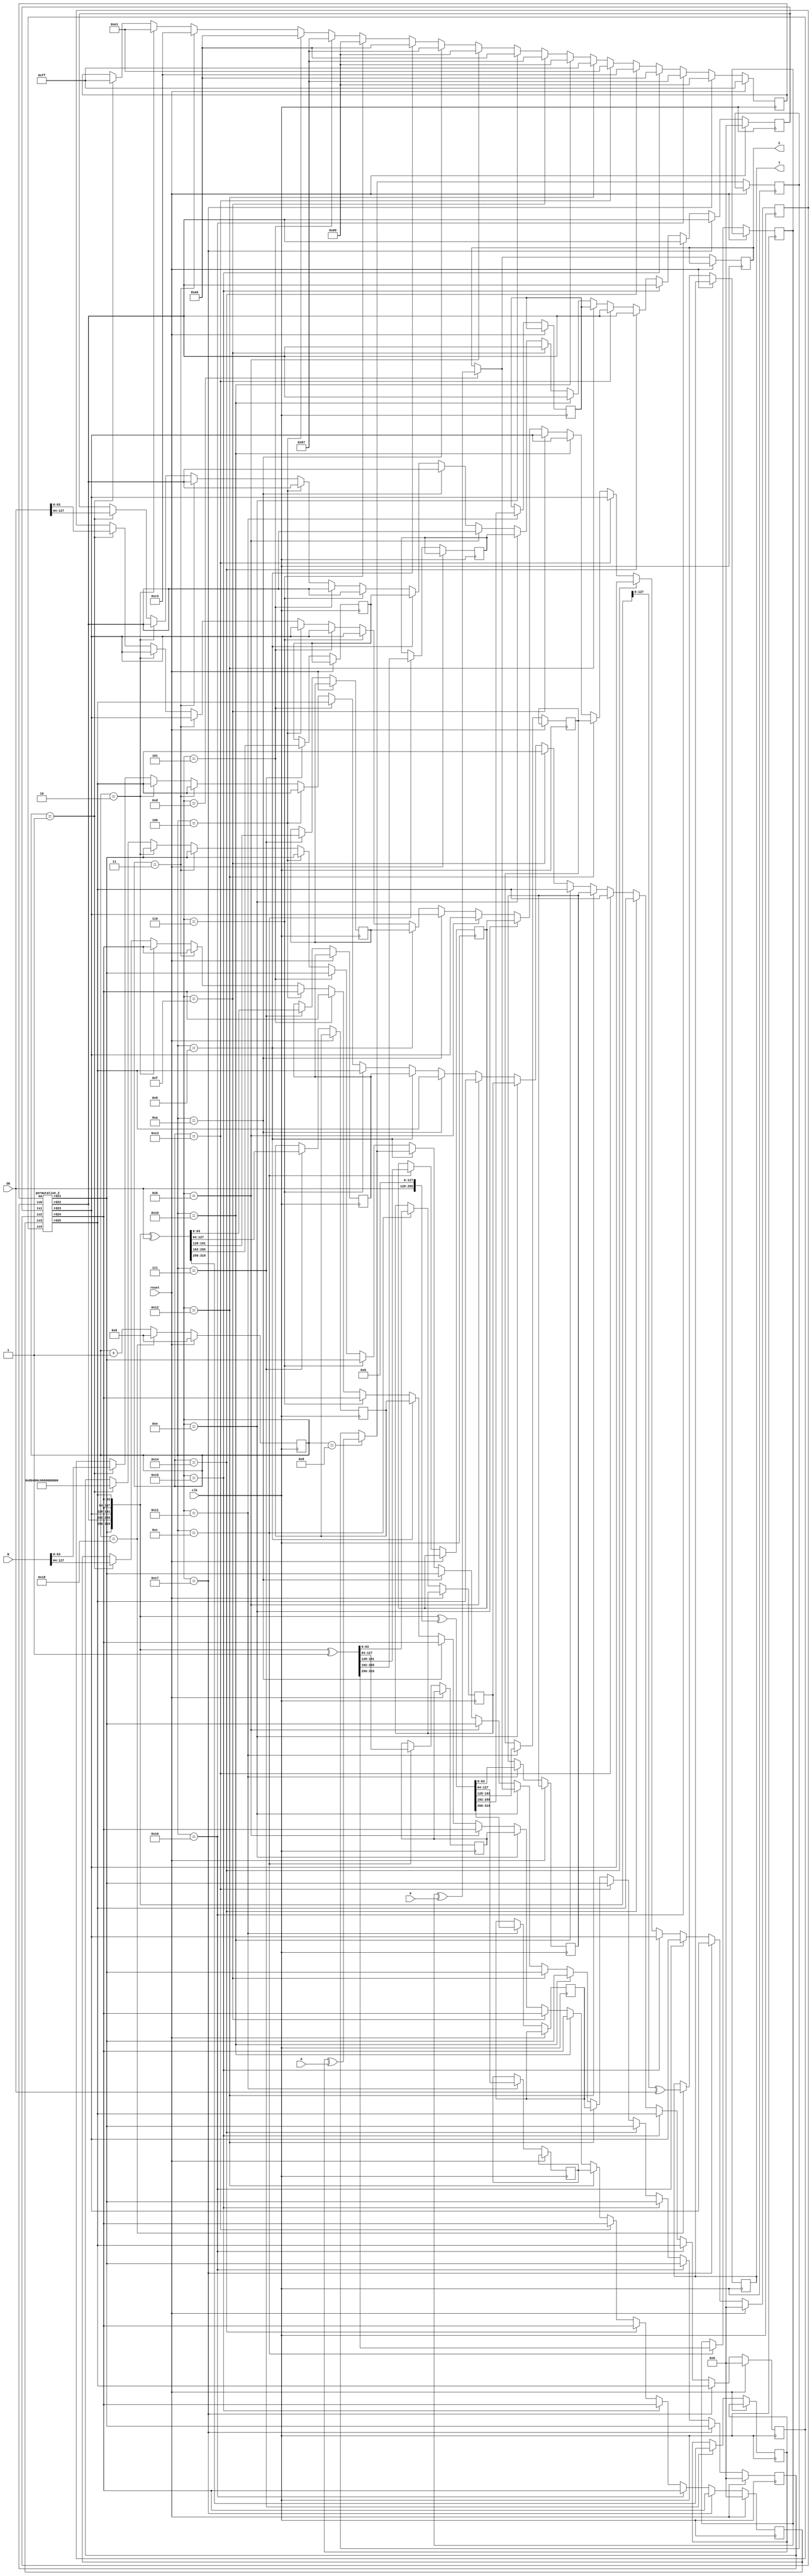
`timescale 1ns / 1ps
//!
//! **PROJECT:**             Lightweight Ascon
//!
//! **LANGUAGE:**            Verilog
//!
//! **FILE:**                encrypt_2blocks_128
//!
//! **AUTHOR(S):**
//!
//!   - Kashif Inayat      - kashif.inayat@inu.ac.kr
//!   - SafiUllah Khan     - safi.jadoon@live.com
//!
//! **CONTRIBUTORS:**
//!
//!   - Fahad Bin Muslim   - fahadbinmuslim@gmail.com
//!
//! **REVISION:**
//!   * 0.0.1 - Initial release. 2024-05-27
//!
//!
//! | Doc | Schematic | TB | ASRT |Params. Val.| Synthesis test| Unify Interface| Functional Model |
//! |-----|-----------|----|------|------------|---------------|----------------|------------------|
//! |    |          |   |     |           |              |               |                 |
module encrypt_2blocks_128 (SK, N, A, P, clk, reset, C, T
    );
	 
    input  [127:0] SK, N;
    input  [63:0] A;
    input  [63:0] P;
	input  clk, reset;
	
    output reg [63:0] C;
    output reg [127:0] T;
	 
wire [63:0] IV;
wire [63:0] s11, s12, s13, s14, s15;
reg [63:0] s21, s22, s23, s24, s25;
reg [63:0] s31, s32, s33, s34, s35;
reg [63:0] s41, s42, s43, s44, s45;

reg  [63:0] i0, i1, i2, i3, i4;
reg  [7:0] a;
wire [63:0] o0, o1, o2, o3, o4;
wire [63:0] s0, s1, s2, s3, s4;
reg  [5:0] count;
reg [63:0] t21;

//reg [63:0] r10, r11, r12, r13, r14, r20, r21, r22, r23, r24, r30, r31, r32, r33, r34, r40, r41, r42, r43, r44;
//reg [63:0] r50, r51, r52, r53, r54, r60, r61, r62, r63, r64, r70, r71, r72, r73, r74, r80, r81, r82, r83, r84;
//reg [63:0] r90, r91, r92, r93, r94, r100, r101, r102, r103, r104;
//reg [63:0] r130, r131, r132, r133, r134, r140, r141, r142, r143, r144, r150, r151, r152, r153, r154, r160, r161, r162, r163, r164;
//reg [63:0] r170, r171, r172, r173, r174, r180, r181, r182, r183, r184;

reg [63:0] r10, r11, r12, r13, r14;

assign IV = 64'h80400c0600000000;
assign {s11, s12, s13, s14, s15} = {IV, SK, N};


permutation_2 p2 (i0, i1, i2, i3, i4, a,
           o0, o1, o2, o3, o4);
			  
			  assign s0 = o0;
			  assign s1 = o1;
			  assign s2 = o2;
			  assign s3 = o3;
			  assign s4 = o4;
			  
			  
always @(posedge clk)
begin
if (reset)
begin
count <= 0;
i0<=64'd0;
i1<=64'd0;
i2<=64'd0;
i3<=64'd0;
i4<=64'd0;
a <= 8'hff;
end

else begin

                if (count == 1)
                begin
                i0 <= s11;
                i1 <= s12;
                i2 <= s13;
                i3 <= s14;
                i4 <= s15;
                a <= 8'hff;
                end
                if (count == 2)
                begin
                i0 <= s0;
                i1 <= s1;
                i2 <= s2;
                i3 <= s3;
                i4 <= s4;
                a <= 8'he1;
                end
                if (count == 3)
                begin
                i0<=s0;
                i1<=s1;
                i2<=s2;
                i3<=s3;
                i4<=s4;
                a <= 8'hc3;
                end
                if (count == 4)
                begin
                i0 <= s0;
                i1 <= s1;
                i2 <= s2;
                i3 <= s3;
                i4 <= s4;
                a <= 8'ha5;
                end
                if (count == 5)
                begin
                i0<=s0;
                i1<=s1;
                i2<=s2;
                i3<=s3;
                i4<=s4;
                a <= 8'h87;
                end
                if (count == 6)
                begin
                i0 <= s0;
                i1 <= s1;
                i2 <= s2;
                i3 <= s3;
                i4 <= s4;
                a <= 8'h69;
                end

if (count == 7)

begin
{s21, s22, s23, s24, s25} <= {s0, s1, s2, s3, s4} ^ {192'b00, SK};
end

if (count == 8)
begin
t21 = s21 ^ A;
end
                        if (count == 9)
                        begin
                        i0<=t21;
                        i1<=s22;
                        i2<=s23;
                        i3<=s24;
                        i4<=s25;
                        a <= 8'ha5;
                        end
                        if (count == 10)
                        begin
                        i0 <= s0;
                        i1 <= s1;
                        i2 <= s2;
                        i3 <= s3;
                        i4 <= s4;
                        a <= 8'h87;
                        end
                        if (count == 11)
                        begin
                        i0 <= s0;
                        i1 <= s1;
                        i2 <= s2;
                        i3 <= s3;
                        i4 <= s4;
                        a <= 8'h69;
                        end

if (count == 12)
begin
{s31, s32, s33, s34, s35} <= {s0, s1, s2, s3, s4} ^ {319'h0, 1'h1};
end

if (count == 13)
begin
C = s31 ^ P;
end

                                    if (count == 14)
                                    begin
                                    i0<=C;
                                    i1<=s32;
                                    i2<=s33;
                                    i3<=s34;
                                    i4<=s35;
                                    a <= 8'ha5;
                                    end
                                    if (count == 15)
                                    begin
                                    i0 <= s0;
                                    i1 <= s1;
                                    i2 <= s2;
                                    i3 <= s3;
                                    i4 <= s4;
                                    a <= 8'h87;
                                    end
                                    if (count == 16)
                                    begin
                                    i0 <= s0;
                                    i1 <= s1;
                                    i2 <= s2;
                                    i3 <= s3;
                                    i4 <= s4;
                                    a <= 8'h69;
                                    end

if (count == 17)
begin
{s41, s42, s43, s44, s45} <= {s0, s1, s2, s3, s4} ^ {64'h0, SK, 128'h0};
end

                            if (count == 18)
                            begin
                            i0<=s41;
                            i1<=s42;
                            i2<=s43;
                            i3<=s44;
                            i4<=s45;
                            a <= 8'hff;
                            end
                            if (count == 19)
                            begin
                            i0 <= s0;
                            i1 <= s1;
                            i2 <= s2;
                            i3 <= s3;
                            i4 <= s4;
                            a <= 8'he1;
                            end
                            if (count == 20)
                            begin
                            i0<=s0;
                            i1<=s1;
                            i2<=s2;
                            i3<=s3;
                            i4<=s4;
                            a <= 8'hc3;
                            end
                            if (count == 21)
                            begin
                            i0 <= s0;
                            i1 <= s1;
                            i2 <= s2;
                            i3 <= s3;
                            i4 <= s4;
                            a <= 8'ha5;
                            end
                            if (count == 22)
                            begin
                            i0 <= s0;
                            i1 <= s1;
                            i2 <= s2;
                            i3 <= s3;
                            i4 <= s4;
                            a <= 8'h87;
                            end
                            if (count == 23)
                            begin
                            i0 <= s0;
                            i1 <= s1;
                            i2 <= s2;
                            i3 <= s3;
                            i4 <= s4;
                            a <= 8'h69;
                            end


if (count == 24)
begin
T <= {s3, s4} ^ SK;
count <= 0;
end

else 

count <= count+1;

end
end


endmodule

///////////////////////////////////////////////////////////////////

module permutation_2(
           is0, is1, is2, is3, is4, aa,
           rd21, rd22, rd23, rd24, rd25
		   );
		   

input [63:0] is0, is1, is2, is3, is4;
input [7:0] aa;

wire [63:0] add1, add2;

wire [63:0] rs11, rs12, rs13, rs14, rs15;
wire [63:0] rd11, rd12, rd13, rd14, rd15;

wire [63:0] rs21, rs22, rs23, rs24, rs25;
output [63:0] rd21, rd22, rd23, rd24, rd25;






//Round 1

assign add1 = is2 ^ (aa-8'h0f);
substitution_single s1 (is0, is1, add1, is3, is4, rs11, rs12, rs13, rs14, rs15);
diffusion_single d1 (rs11, rs12, rs13, rs14, rs15, rd11, rd12, rd13, rd14, rd15);


//Round 2

assign add2 = rd13 ^ (aa-8'h1e);
substitution_single s2 (rd11, rd12, add2, rd14, rd15, rs21, rs22, rs23, rs24, rs25);
diffusion_single d2 (rs21, rs22, rs23, rs24, rs25, rd21, rd22, rd23, rd24, rd25);




endmodule



//////////////////////////////////////////////////////////////////////////////////////////////////////////////////////////////////////

module substitution_single(is0, is1, is2, is3, is4, sub3_s0, sub3_s1, sub3_s2, sub3_s3, sub3_s4
    );
    
    input [63:0] is0, is1, is2, is3, is4;
    output [63:0] sub3_s0, sub3_s1, sub3_s2, sub3_s3, sub3_s4;
    
    //--------- Substitution_1
wire [63:0] sub1_s [0:4];

assign sub1_s[0] = is0 ^ is4;
assign sub1_s[1] = is1;
assign sub1_s[2] = is1 ^ is2;
assign sub1_s[3] = is3;
assign sub1_s[4] = is3 ^ is4;


//--------- Substitution_2
wire [63:0] Tval [0:4];
assign Tval[0] = (sub1_s[0] ^ 64'hffffffffffffffff) & sub1_s[1];
assign Tval[1] = (sub1_s[1] ^ 64'hffffffffffffffff) & sub1_s[2];
assign Tval[2] = (sub1_s[2] ^ 64'hffffffffffffffff) & sub1_s[3];
assign Tval[3] = (sub1_s[3] ^ 64'hffffffffffffffff) & sub1_s[4];
assign Tval[4] = (sub1_s[4] ^ 64'hffffffffffffffff) & sub1_s[0];

wire [63:0] sub2_s [0:4];
assign sub2_s[0] = Tval[1] ^ sub1_s[0];
assign sub2_s[1] = Tval[2] ^ sub1_s[1];
assign sub2_s[2] = Tval[3] ^ sub1_s[2];
assign sub2_s[3] = Tval[4] ^ sub1_s[3];
assign sub2_s[4] = Tval[0] ^ sub1_s[4];

//--------- Substitution_3

assign sub3_s0 = sub2_s[0] ^ sub2_s[4];
assign sub3_s1 = sub2_s[1] ^ sub2_s[0];
assign sub3_s2 = sub2_s[2] ^ 64'hFFFFFFFFFFFFFFFF;
assign sub3_s3 = sub2_s[3] ^ sub2_s[2];
assign sub3_s4 = sub2_s[4];
endmodule
/////////////////////////////////////////////////////////////////////////////////////////////

module diffusion_single(sub3_s0, sub3_s1, sub3_s2, sub3_s3, sub3_s4, ose0, ose1, ose2, ose3, ose4

    );
    
    input [63:0] sub3_s0, sub3_s1, sub3_s2, sub3_s3, sub3_s4;
    output [63:0] ose0, ose1, ose2, ose3, ose4; 
    
    
assign ose0 = sub3_s0 ^ ( {sub3_s0[18:0],sub3_s0[63:19]} ^ {sub3_s0[27:0],sub3_s0[63:28]} );
assign ose1 = sub3_s1 ^ ( {sub3_s1[60:0],sub3_s1[63:61]} ^ {sub3_s1[38:0],sub3_s1[63:39]} );
assign ose2 = sub3_s2 ^ ( {sub3_s2[0000],sub3_s2[63:01]} ^ {sub3_s2[05:0],sub3_s2[63:06]} );
assign ose3 = sub3_s3 ^ ( {sub3_s3[09:0],sub3_s3[63:10]} ^ {sub3_s3[16:0],sub3_s3[63:17]} );
assign ose4 = sub3_s4 ^ ( {sub3_s4[06:0],sub3_s4[63:07]} ^ {sub3_s4[40:0],sub3_s4[63:41]} );
endmodule